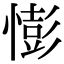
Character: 憉